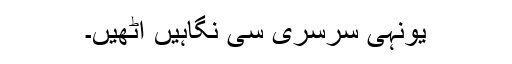
یونہی سرسری سی نگاہیں اٹھیں۔